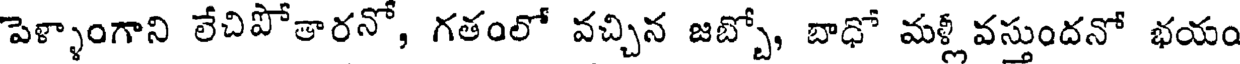
పెళ్ళాంగాని లేచిపోతారనో, గతంలో వచ్చిన జబ్బో, బాధో మళ్లీ వస్తుందనో భయం